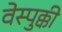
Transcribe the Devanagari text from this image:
वेस्पुक्की